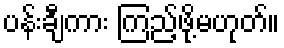
ပန်းချီကား ကြည့်ဖို့မဟုတ်။